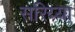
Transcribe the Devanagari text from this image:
सरिय्या